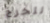
لتخرج